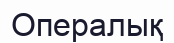
Опералық